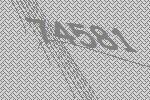
74581